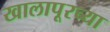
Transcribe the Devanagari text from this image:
खालापूरच्या